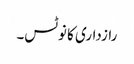
رازداری کا نوٹس۔